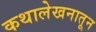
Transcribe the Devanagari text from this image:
कथालेखनातून